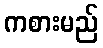
ကစားမည်